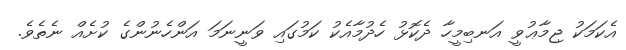
އެކަމަކު ޖިމާޢުވީ އަނބިމީހާ ދެކޮޅު ހެދުމާއެކު ކަމުގައި ވަނީނަމަ އަންހެނުންގެ ކުށެއް ނެތެވެ.